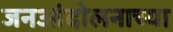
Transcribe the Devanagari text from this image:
जनआंदोलनाच्या